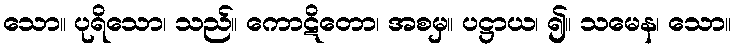
သော။ ပုရိသော၊ သည်။ ကောဋိတော၊ အစမှ။ ပဋ္ဌာယ၊ ၍။ သမေန၊ သော။